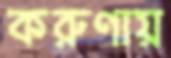
করুণায়